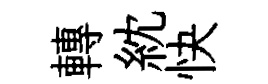
轉紞快